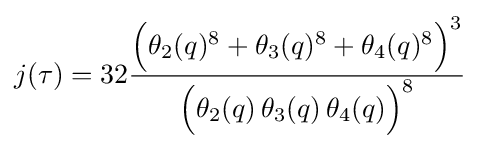
j(\tau )=32{\frac {{\Big (}\theta _{2}(q)^{8}+\theta _{3}(q)^{8}+\theta _{4}(q)^{8}{\Big )}^{3}}{{\Big (}\theta _{2}(q)\,\theta _{3}(q)\,\theta _{4}(q){\Big )}^{8}}}